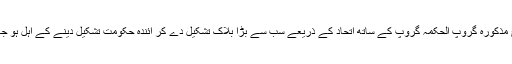
اس طرح مذکورہ گروپ الحکمہ گروپ کے ساتھ اتحاد کے ذریعے سب سے بڑا بلاک تشکیل دے کر آئندہ حکومت تشکیل دینے کے اہل ہو جائیں گے۔